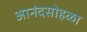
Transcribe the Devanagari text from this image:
आनंदसोहळा